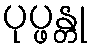
ပုပ္ဖန္တု